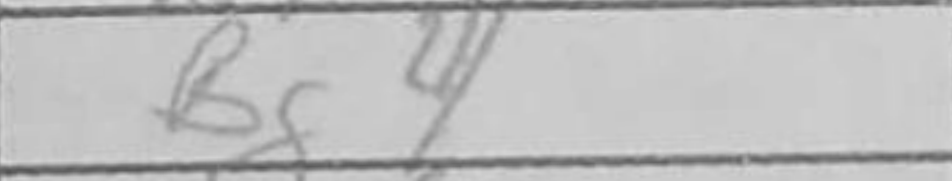
Transcription: Bg4